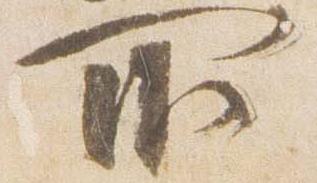
所